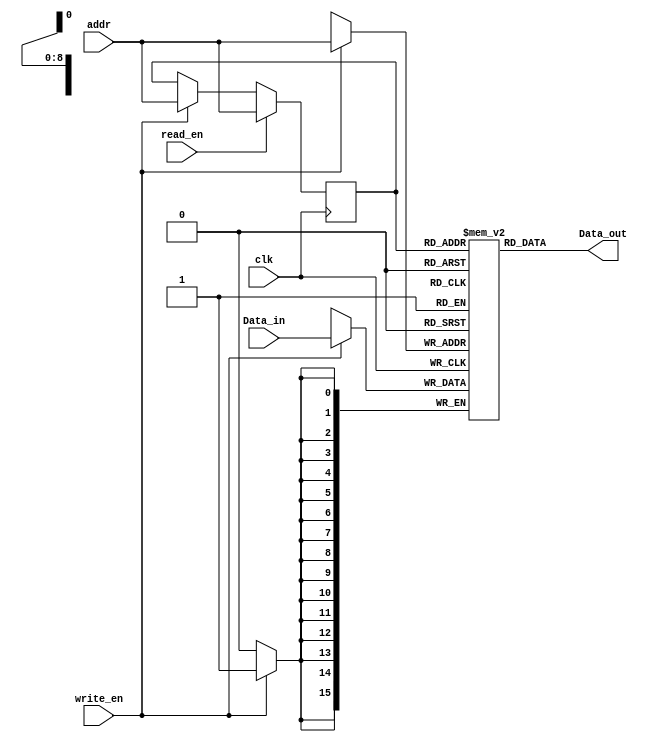
module dram(clk,write_en,read_en,addr,Data_in,Data_out);
    input clk,write_en, read_en;
    input[8:0] addr;
    input[15:0] Data_in;
    output[15:0] Data_out;

    reg[15:0] singleport_ram[511:0];
    reg[8:0] addr_read;
	 
	 reg [8:0] addr_ext;
	 integer data_file, scan_file;
	 
	//  initial begin
	//  singleport_ram[1] <= 16'd3;
	//  singleport_ram[2] <= 16'd50;
	//  end

    always @(posedge clk) 
    begin
        if (write_en == 1) 
        begin
           singleport_ram[addr] <= Data_in;
           addr_read <= addr; 
        end
        if (read_en == 1)
        begin
            addr_read <= addr;
        end
    end
    assign Data_out = singleport_ram[addr_read];
	 
	 
endmodule